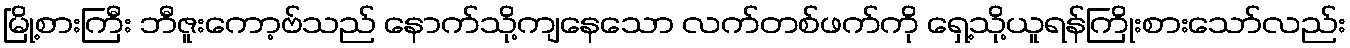
မြို့စားကြီး ဘီဇူးကော့ဗ်သည် နောက်သို့ကျနေသော လက်တစ်ဖက်ကို ရှေ့သို့ယူရန်ကြိုးစားသော်လည်း